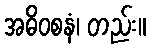
အဓိဝစနံ၊ တည်း။